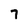
Character: 7